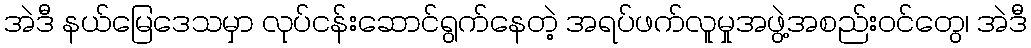
အဲဒီ နယ်မြေဒေသမှာ လုပ်ငန်းဆောင်ရွက်နေတဲ့ အရပ်ဖက်လူမှုအဖွဲ့အစည်းဝင်တွေ၊ အဲဒီ